Calcutta medical institutions reports 1892-1900
Year: 1892
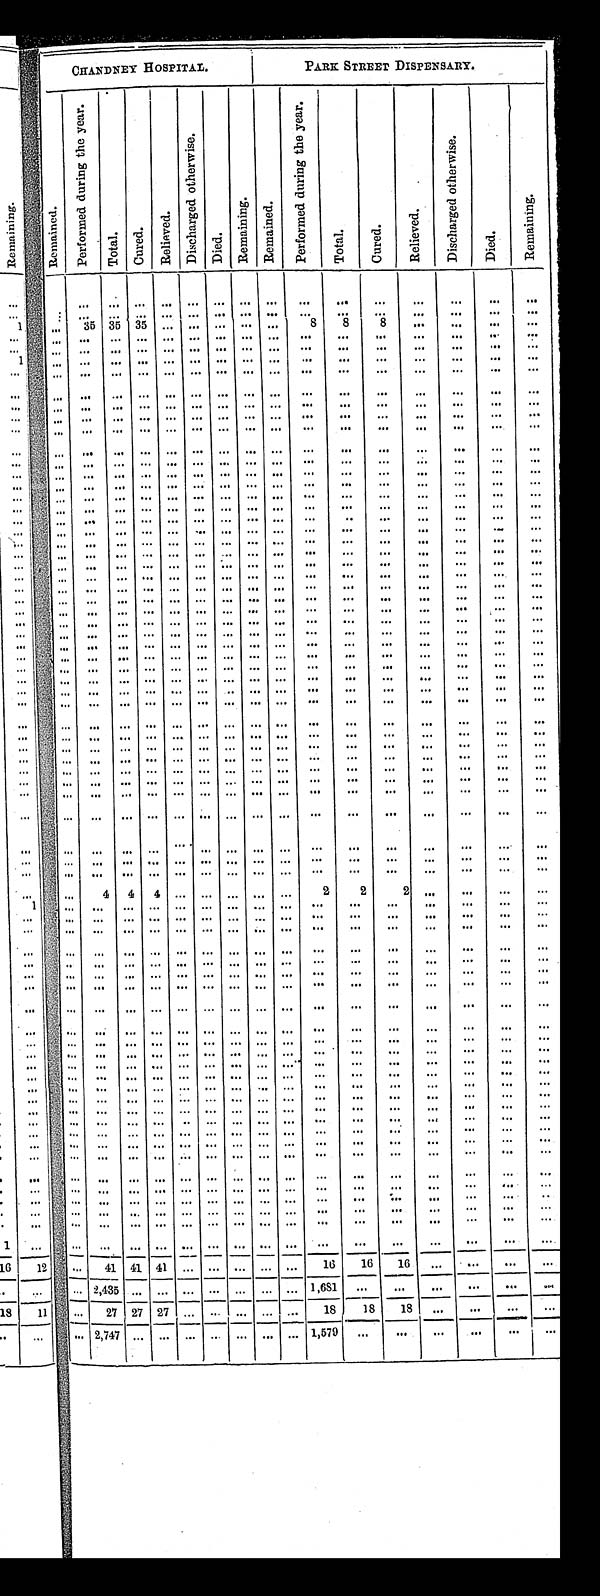
. , . . . . : . . . .
CHANDNEY HOSPITAL.
P A R K S T R E E T D I S P E N S A R Y .
R e m a i n e d .
P e r f o r m e d d u r i n g t h e y e a r .
T o t a l .
C u r e d . R e l i e v e d .
D i s c h a r g e d o t h e r w i s e .
D i e d .
R e m a i n i n g . R e m a i n e d .
P e r f o r m e d d u r i n g t h e y e a r .
T o t a l .
C u r e d .
R e l i e v e d .
D i s c h a r g e d o t h e r w i s e .
D i e d .
R e m a i n i n g .
: 35 3 5 3 5
.
8 8 8
4 4 4
4 1 4 1 4 1
1 6 1 6 1 6
2 4 3 5
1 , 6 8 1
27 27 27
1 8 1 8 18
2, 747
1,579